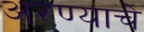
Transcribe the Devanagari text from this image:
अरण्याचे